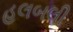
હલબલી